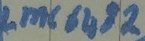
Text: LMC 6183